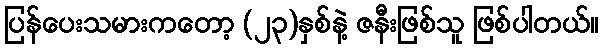
ပြန်ပေးသမားကတော့ (၂၃)နှစ်နဲ့ ဇနီးဖြစ်သူ ဖြစ်ပါတယ်။